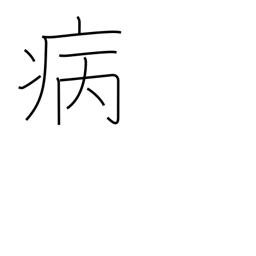
Meaning: sick